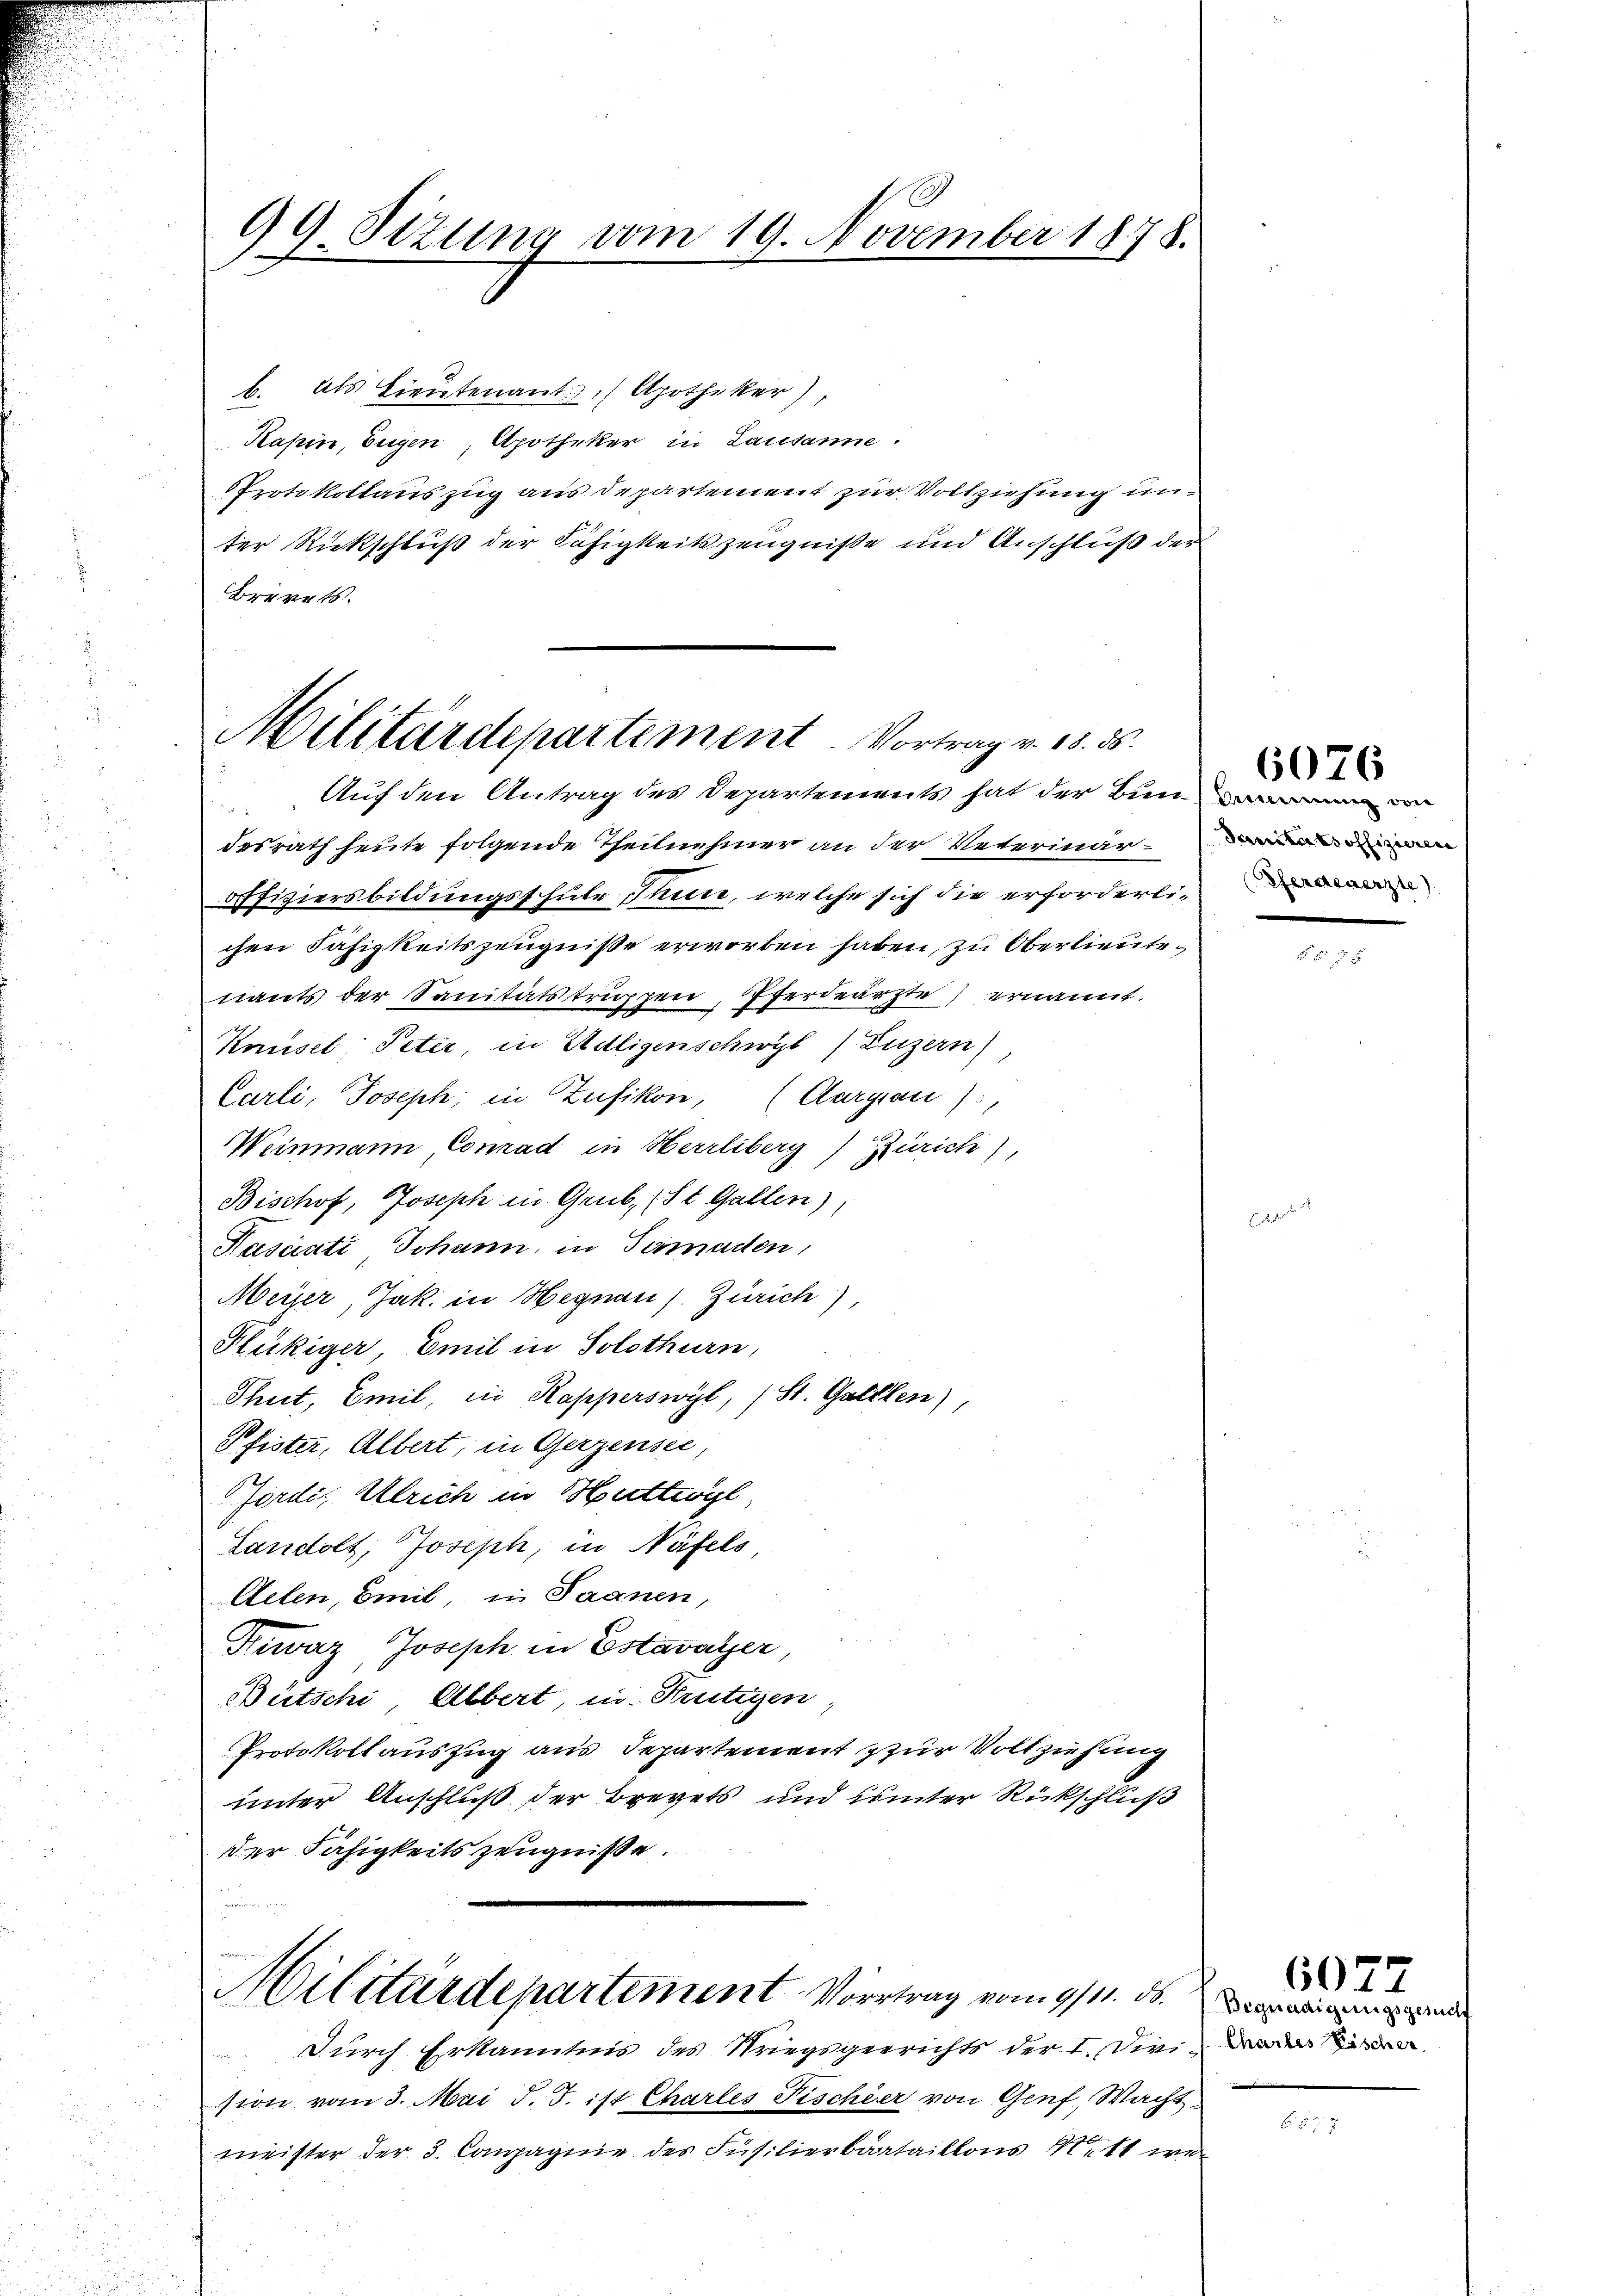
49 Sitzung vom 19. November 1878.
e

b. Als Lieutenant Apotheker),
Kasin, Eugen, Apotheker in Lausanne.
Protokollauszug aus Departement zur Vollziehung unter Rückschluß der Fähigkeitszeugniße und Anschluß der
Brevets

Militärdepartement. Vortrag v. 18. ds.

Auf den Antrag des Departements hat der Bun
.
desrath heute folgende Theilnehmer an der Veterinäroffiziersbildungsschule Thun, welche sich die erforderlichen Fähigkeitszeugniße erworben haben, zu Oberlieutetiants der Sanitätstruppen, Pferdearzte ernannt.
Knüsel: Peter in Adligenschwyl) Luzern)
Carli, Joseph, in Zufikon, (Aargau),
Weinmann, Conrad in Herrliberg) Zürich),
Bischof, Joseph in Grub (St. Gallen),
Kasciati Johann, in Tomaden,
Meier, Jak. in Hegnau) Zürich),
Hlükiger, Emil in Solothurn,
Thut, Emil, die Kapperswyl, (St. Gallen),
Pfister, Albert; in Gerzensee,
Jördi, Ulrich in Huttwyl,
Landolt, Joseph, in Näfels
Aelen, mit, in Saanen,
Kiwaz, Joseph in Estavayer,
Bütschi, Albert, in Frutigen
Protokollauszug aus Departement zur Vollziehung
unter Anschluß der Brevets und hinter Rückschluß
der Fähigkeitszeugnisse.
Militärdepartement Vortrag vom 9/11. ds.
Durch Erkanntnis des Kriegsgerichts der I. Divi
sion vom 3. Mai d. J. ist Charles Fischier von Genf, Wacht
meister der 3. Compagnie des Füsilierbataillons Mitt wa

Sanitätsoffizieren

6076

6077
Begnadigungsgesucht